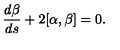
\frac { d \beta } { d s } + 2 [ \alpha , \beta ] = 0 .